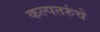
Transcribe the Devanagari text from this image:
कल्पतरुंचे